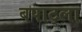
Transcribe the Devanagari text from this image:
बपाट्ला